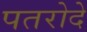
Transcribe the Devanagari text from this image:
पतरोदे